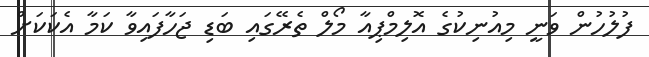
ފުލުހުން ވަނީ މިއުނިކުގެ އޮލިމްޕިއާ މޯލް ތެރޭގައި ބަޑި ޖަހާފައިވާ ކަމާ އެކަކަށް